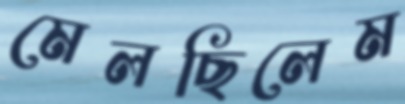
মেলছিলেম